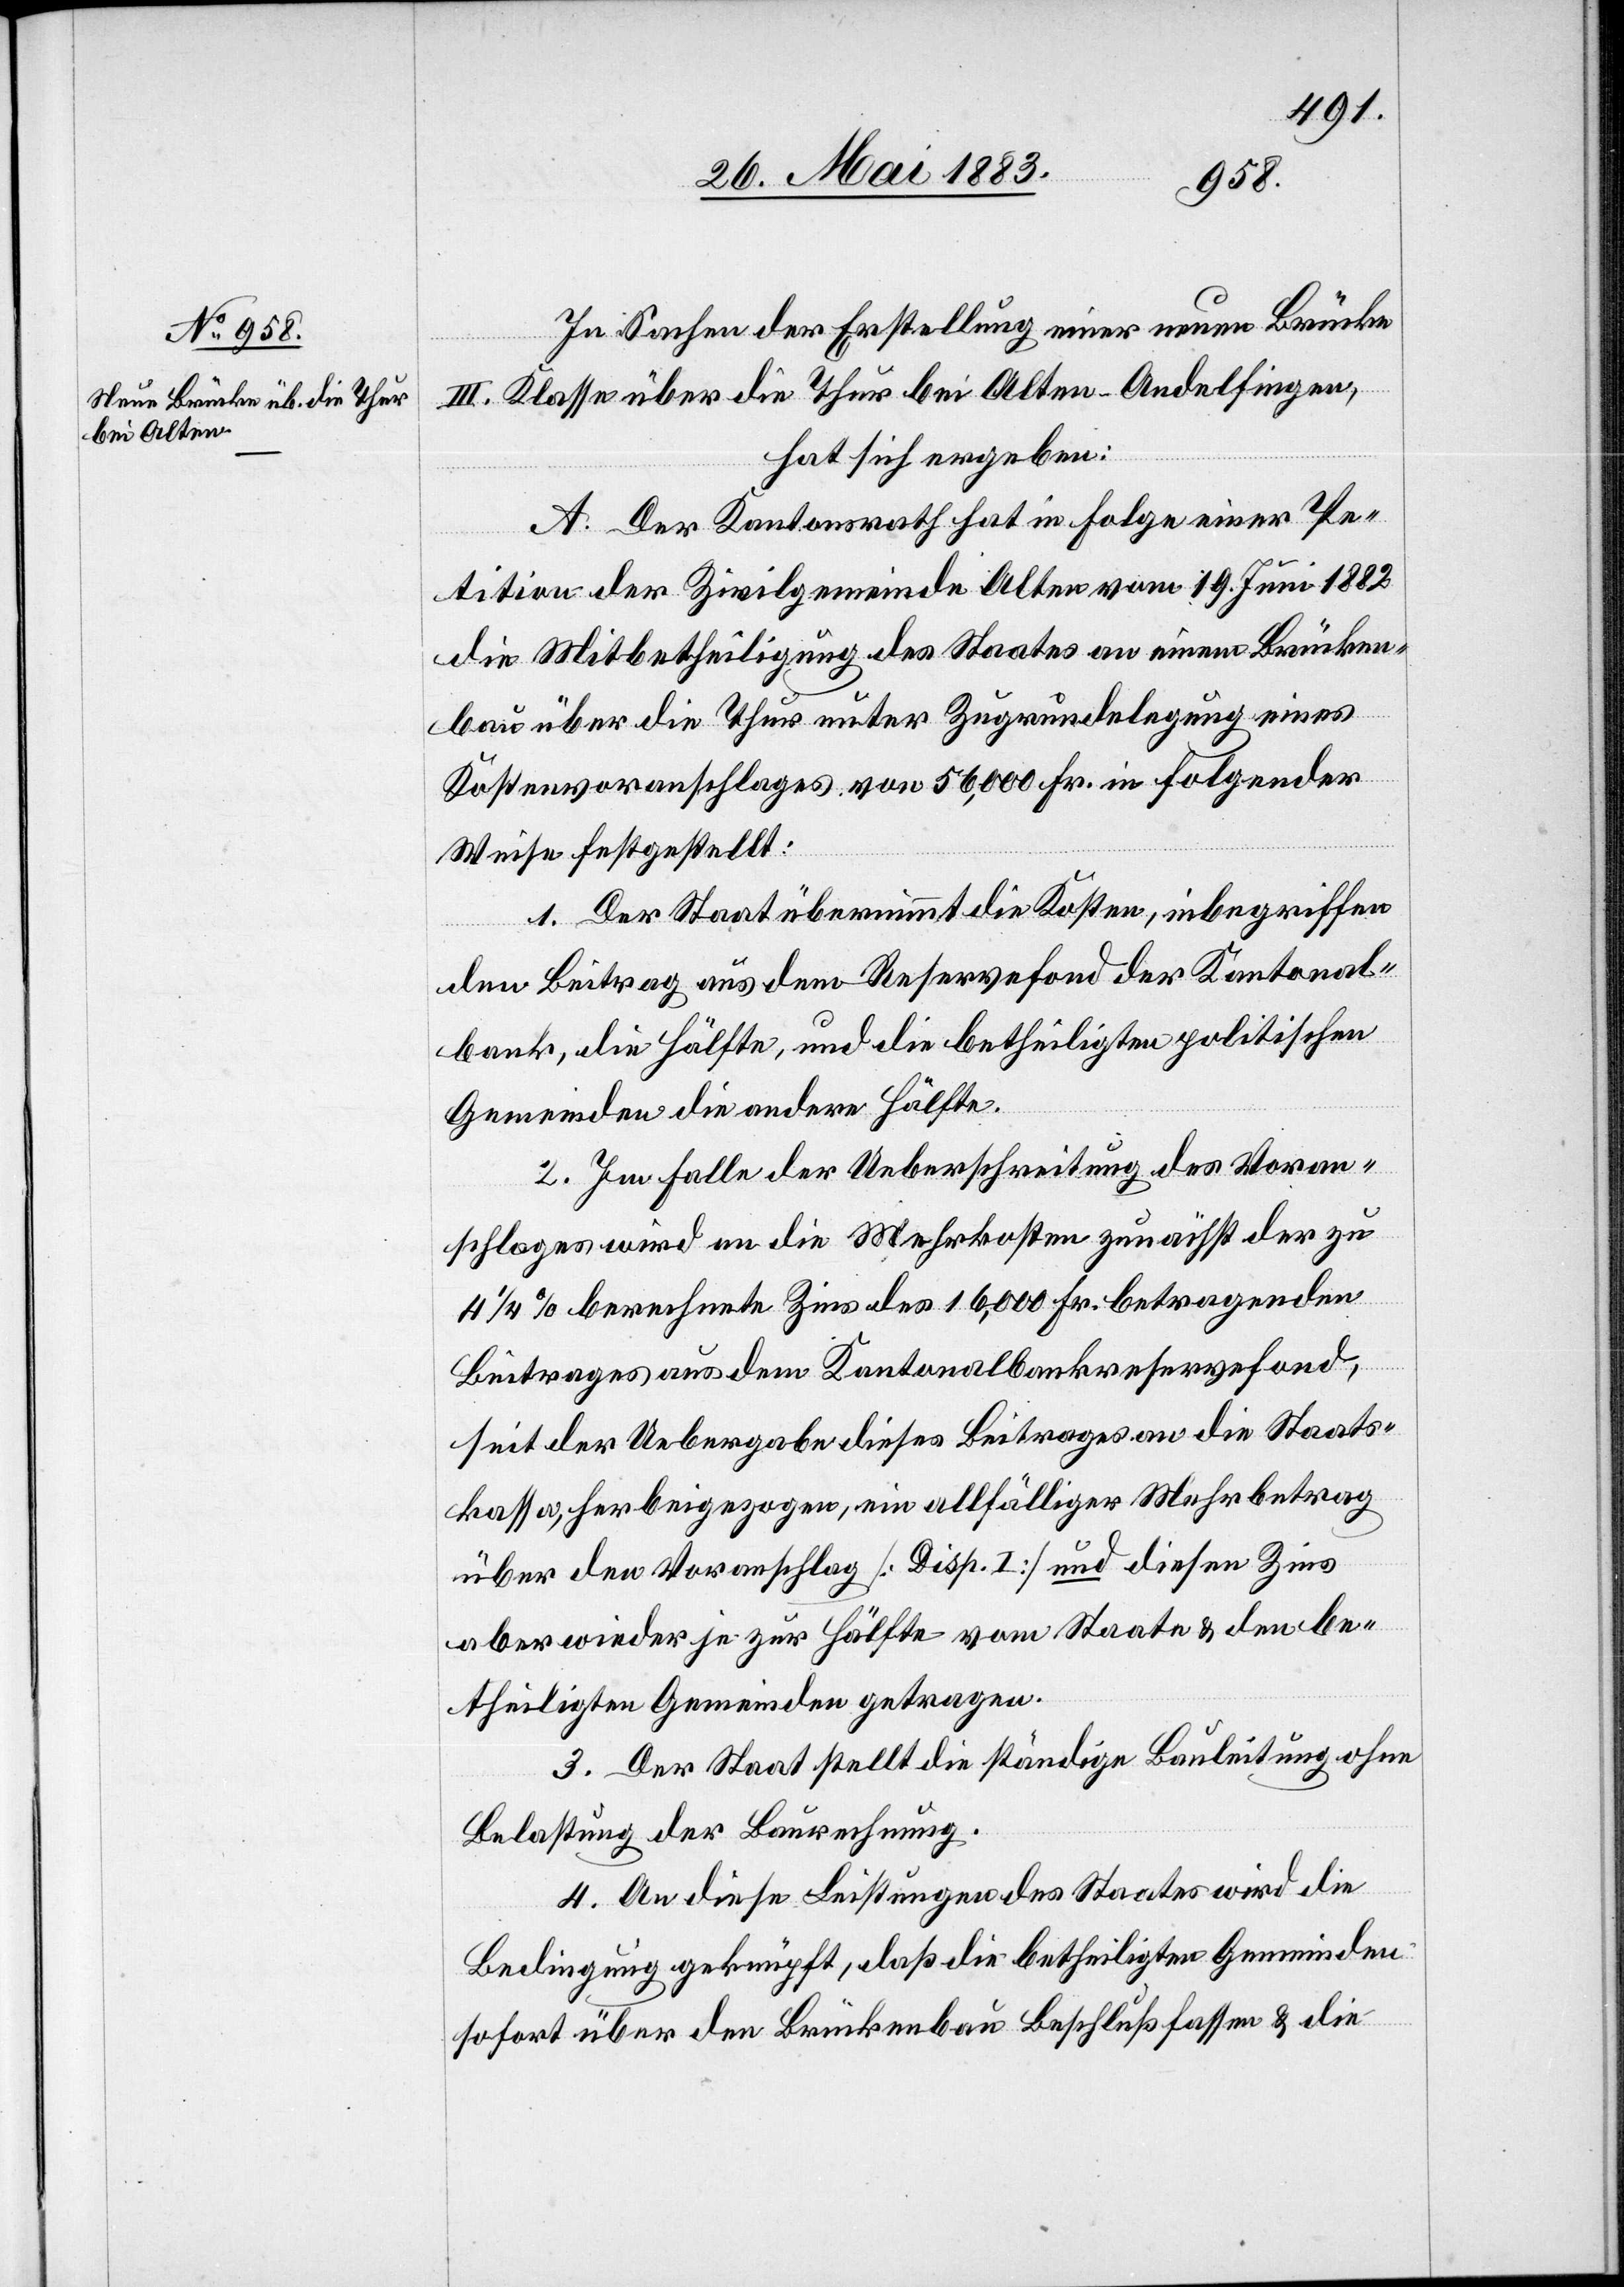
In Sachen der Erstellung einer neuen Brücke
III. Klasse über die Thur bei Alten - Andelfingen,
hat sich ergeben:
A. Der Kantonsrath hat in Folge einer Pe¬
tition der Zivilgemeinde Alten vom 19. Juni 1882
die Mitbetheiligung des Staates an einen Brücken¬
bau über die Thur unter Zugrundelegung eines
Kostenvoranschlages von 56,000 Fr. in folgender
Weise festgestellt:
1. Der Stadtrath übernimmt die Kosten, inbegriffen
den Beitrag aus dem Reservefond der Kantonal¬
bank, die Hälfte, und die betheiligten politischen
Gemeinden die andere Hälfte.
2. Im Falle der Ueberschreitung des Voran¬
schlages wird an die Mehrkosten zunächst der zu
4 1/4% berechnete Zins des 16,000 Fr. betragenden
Beitrages aus dem Kantonalbankreservefond,
seit der Uebergabe dieses Beitrages an die Staats¬
kassa, herbeigezogen, ein allfälliger Mehrbetrag
über den Voranschlag [Disp. I] und diesen Zins
aber wieder je zur Hälfte vom Staate & den be¬
theiligten Gemeinden getragen.
3. Der Staat stellt die ständige Bauleitung ohne
Belastung der Baurechnung.
4. An diese Leistungen des Staates wird die
Bedingung geknüpft, daß die betheiligten Gemeinden
sofort über den Brückenbau Beschluß fassen & die